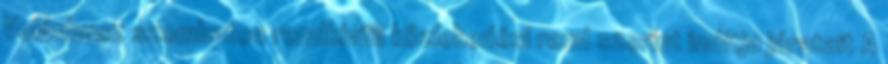
Volánbusz szombaton rendkívüli közlekedési rend szerint indítja járatait A